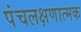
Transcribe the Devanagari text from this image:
पंचलक्षणात्मक